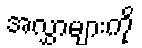
အလွှာများကို